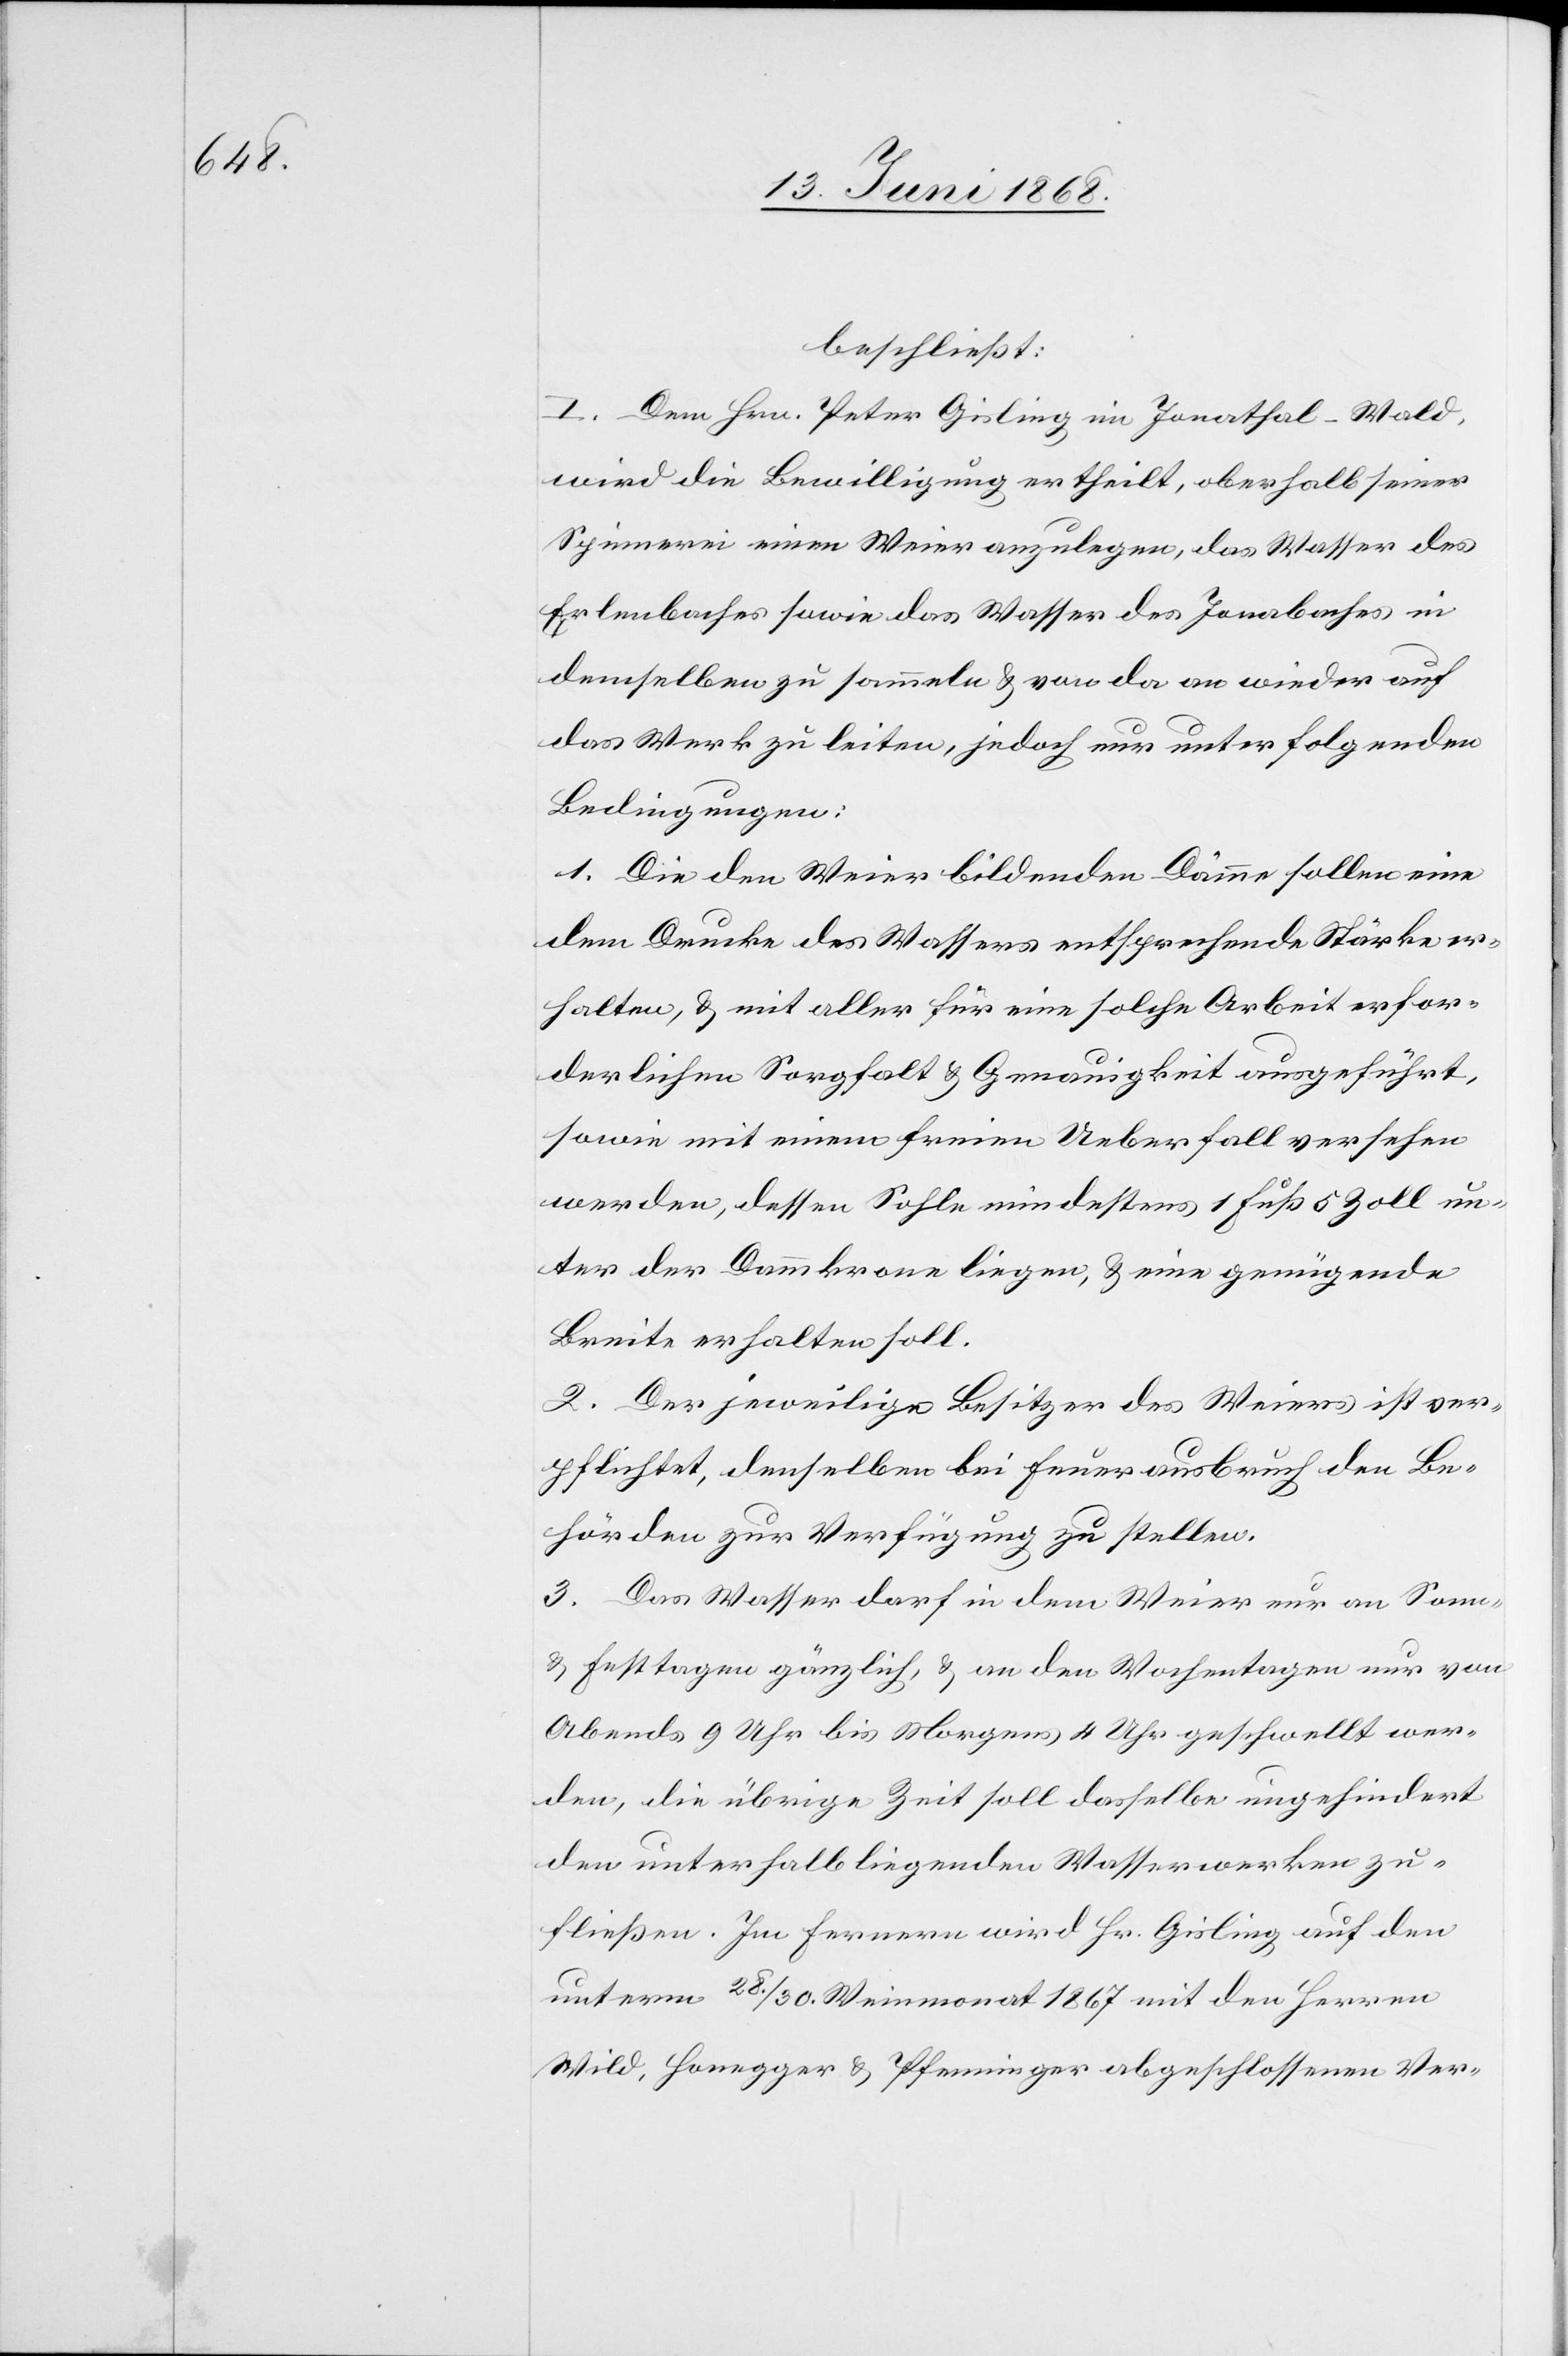
beschließt:
I. Dem Hrn. Peter Gisling im Jonathal-Wald,
wird die Bewilligung ertheilt, oberhalb seiner
Spinnerei einen Weier anzulegen, das Wasser des
Erlenbaches sowie das Wasser des Jonabaches in
demselben zu sammeln & von da an wieder auf
das Werk zu leiten, jedoch nur unter folgenden
Bedingungen:
1. Die den Weier bildenden Dämme sollen eine
dem Drucke des Wassers entsprechende Stärke er¬
halten, & mit aller für eine solche Arbeit erfor¬
derlichen Sorgfalt & Genauigkeit ausgeführt,
sowie mit einem freien Ueberfall versehen
werden, dessen Sohle mindestens 1 Fuß 5 Zoll un¬
ter der Dammkrone liegen, & eine genügende
Breite erhalten soll.
2. Der jeweilige Besitzer des Weiers ist ver¬
pflichtet, denselben bei Feuerausbruch den Be¬
hörden zur Verfügung zu stellen.
3. Das Wasser darf in dem Weier nur an Sonn-
& Festtagen gänzlich, & an den Wochentagen nur von
Abends 9 Uhr bis Morgens 4 Uhr geschwellt wer¬
den, die übrige Zeit soll dasselbe ungehindert
den unterhalb liegenden Wasserwerken zu¬
fließen. Im Fernern wird Hr. Gisling auf den
unterm 28. / 30. Weinmonat 1867 mit den Herren
Wild, Honegger & Pfenninger abgeschlossenen Ver-